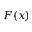
F ( x )